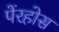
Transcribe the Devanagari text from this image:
पेंरहोस